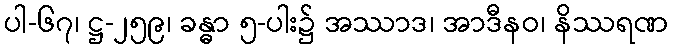
ပါ-၆၇၊ ဋ္ဌ-၂၅၉၊ ခန္ဓာ ၅-ပါး၌ အဿာဒ၊ အာဒီနဝ၊ နိဿရဏ